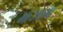
માઝામા